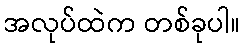
အလုပ်ထဲက တစ်ခုပါ။